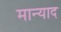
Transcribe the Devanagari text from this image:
मान्याद